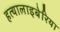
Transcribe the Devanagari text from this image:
हत्यालाइबेरिया